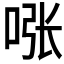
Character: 𱒻